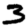
Digit: 3